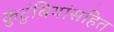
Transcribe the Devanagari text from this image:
कुटुंबियांसहित